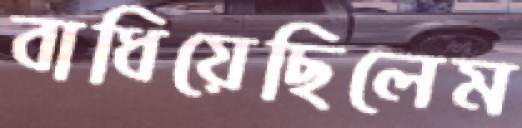
বাধিয়েছিলেম